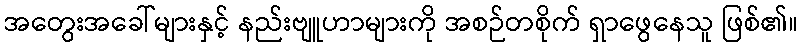
အတွေးအခေါ်များနှင့် နည်းဗျူဟာများကို အစဉ်တစိုက် ရှာဖွေနေသူ ဖြစ်၏။